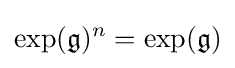
\exp({\mathfrak {g}})^{n}=\exp({\mathfrak {g}})